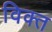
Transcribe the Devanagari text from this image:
विक्त